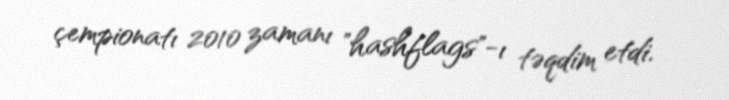
çempionatı 2010 zamanı "hashflags"-ı təqdim etdi.